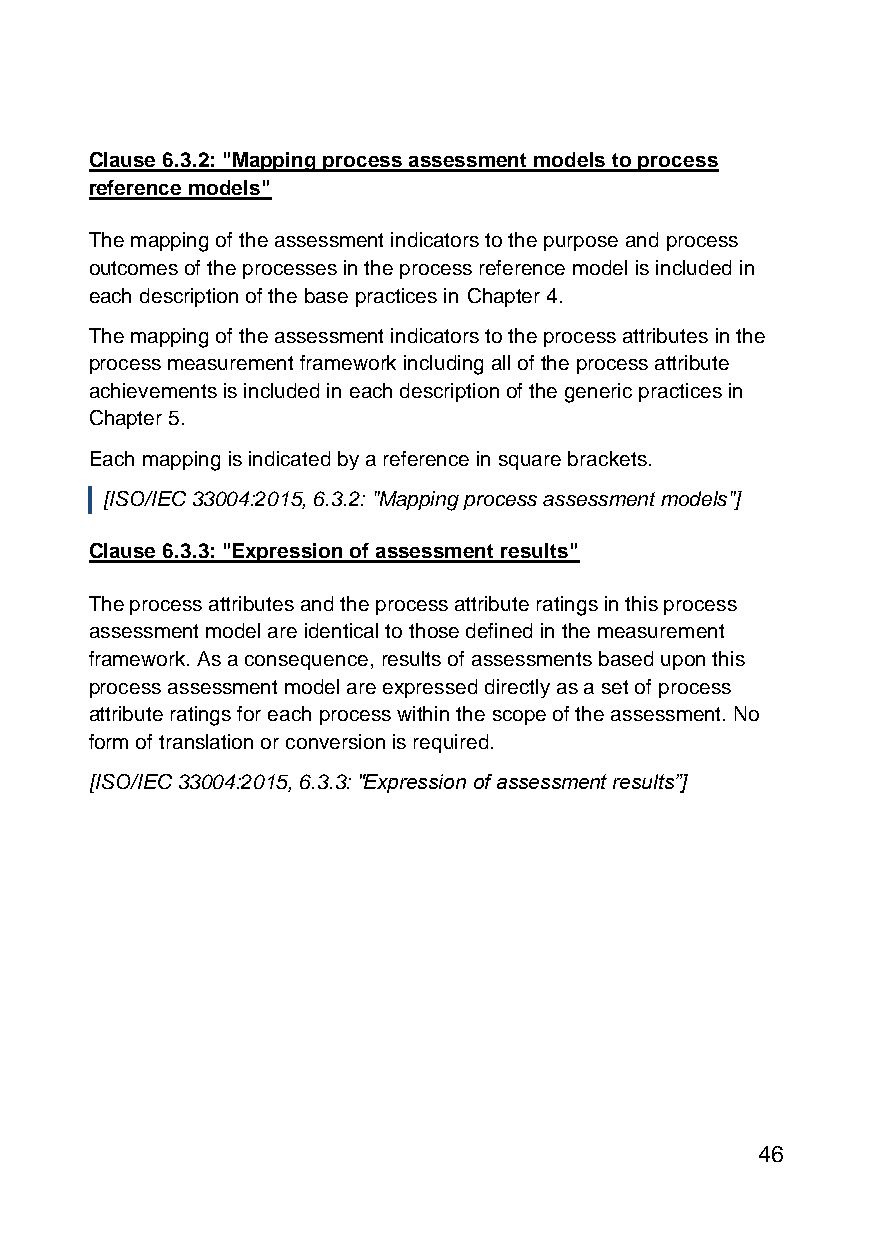
Clause 6.3.2: "Mapping process assessment models to process
 reference models"
 The mapping of the assessment indicators to the purpose and process
 outcomes of the processes in the process reference model is included in
 each description of the base practices in Chapter 4.
 The mapping of the assessment indicators to the process attributes in the
 process measurement framework including all of the process attribute
 achievements is included in each description of the generic practices in
 Chapter 5.
 Each mapping is indicated by a reference in square brackets.
 [ISO/IEC 33004:2015, 6.3.2: "Mapping process assessment models"]
 Clause 6.3.3: "Expression of assessment results"
 The process attributes and the process attribute ratings in this process
 assessment model are identical to those defined in the measurement
 framework. As a consequence, results of assessments based upon this
 process assessment model are expressed directly as a set of process
 attribute ratings for each process within the scope of the assessment. No
 form of translation or conversion is required.
 [ISO/IEC 33004:2015, 6.3.3: "Expression of assessment results”]
 46